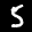
Label: 5